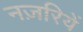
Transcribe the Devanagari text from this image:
नज़रियें